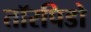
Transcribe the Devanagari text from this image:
तॉरपिडो